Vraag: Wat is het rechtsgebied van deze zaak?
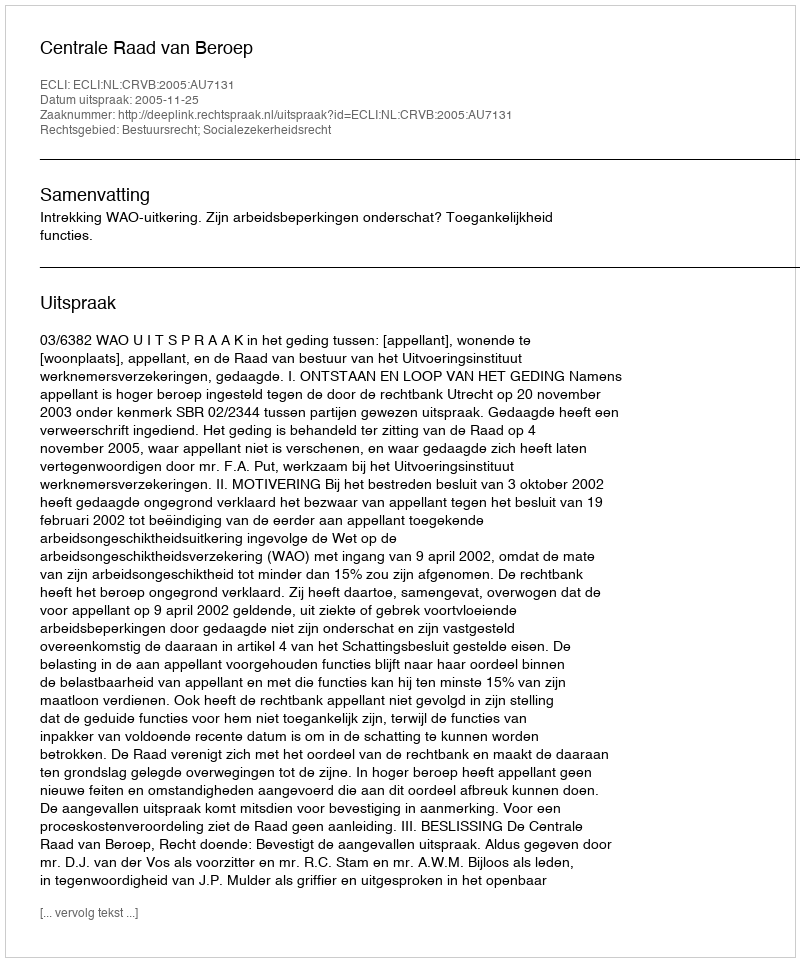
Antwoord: Bestuursrecht; Socialezekerheidsrecht